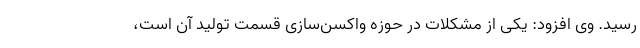
رسید. وی افزود: یکی از مشکلات در حوزه واکسن‌سازی قسمت تولید آن است،